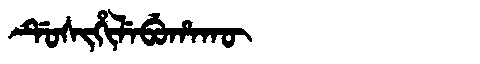
Manchu: ᡩᡠᠰᡳᡥᡳᠯᡝᠪᡠᡥᠠᡴᡡ
Romanization: DUSIHILEBUHAKŪ